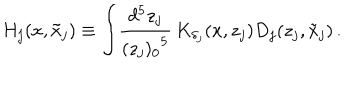
LaTeX: H _ { j } ( x , \tilde { x } _ { j } ) \equiv \int \! \frac { d ^ { 5 } z _ { j } } { { ( z _ { j } ) _ { 0 } } ^ { 5 } } \, K _ { \delta _ { j } } ( x , z _ { j } ) D _ { j } ( z _ { j } , \tilde { x } _ { j } ) \, .